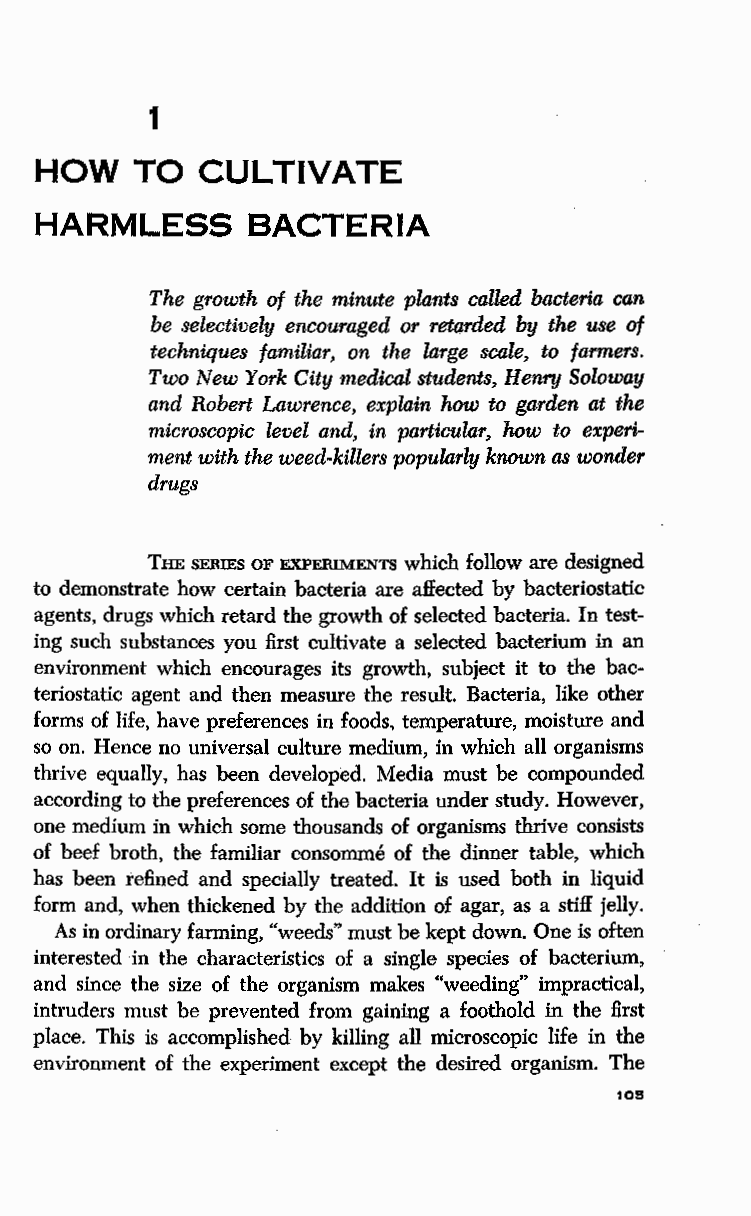
1
 HOW    TO  CULTIVATE
 HARMLESS      BACTERIA
 The growth of the minute plants called bacteria can
 be selectively encouraged or retarded by the use of
 techniques familiar, on the large scale, to farmers.
 Two New York City medical students, Henry Soloway
 and Robert Lawrence, explain how to garden at the
 microscopic level and, in particular, how to experi
 ment with the weed-killers popularly known as wonder
 drugs
 THE SERIES OF EXPERIMENTS which follow are designed
 to demonstrate how certain bacteria are affected by bacteriostatic
 agents, drugs which retard the growth of selected bacteria. In test
 ing such substances you first cultivate a selected bacterium in an
 environment which encourages its growth, subject it to the bac
 teriostatic agent and then measure the result. Bacteria, like other
 forms of life, have preferences in foods, temperature, moisture and
 so on. Hence no universal culture medium, in which all organisms
 thrive equally, has been developed. Media must be compounded
 according to the preferences of the bacteria under study. However,
 one medium in which some thousands of organisms thrive consists
 of beef broth, the familiar consomme of the dinner table, which
 has been refined and specially treated. It is used both in liquid
 form and, when thickened by the addition of agar, as a stiff jelly.
 As in ordinary farming, "weeds" must be kept down. One is often
 interested in the characteristics of a single species of bacterium,
 and since the size of the organism makes "weeding" impractical,
 intruders must be prevented from gaining a foothold in the first
 place. This is accomplished by killing all microscopic life in the
 environment of the experiment except the desired organism. The
 lOS